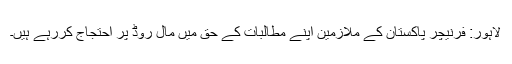
لاہور: فرنیچر پاکستان کے ملازمین اپنے مطالبات کے حق میں مال روڈ پر احتجاج کررہے ہیں۔